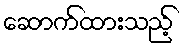
ဆောက်ထားသည့်